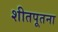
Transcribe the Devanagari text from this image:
शीतपूतना